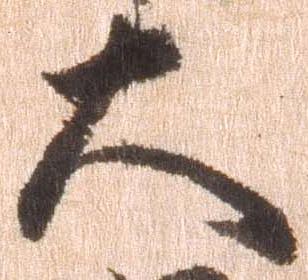
大